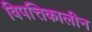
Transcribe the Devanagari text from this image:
विपत्तिकालीन